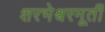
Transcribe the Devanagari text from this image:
शरभेश्वरमूर्ती